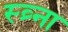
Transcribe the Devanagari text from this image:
स्व्र्ना